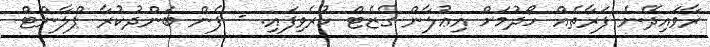
ރާވައިދޭނެ ފަރާތެއް ހޯދުމަށް އިޢުލާން ގެޒެޓް ކުރެވިފައި. - ފެން ބަންދުކުރާ ޕްލާންޓް